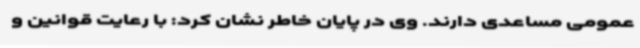
عمومی مساعدی دارند. وی در پایان خاطر نشان کرد: با رعایت قوانین و